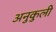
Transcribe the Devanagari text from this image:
अनुकुली